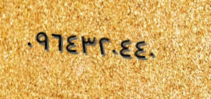
٠٩٦٤٣٢٠٤٤٠